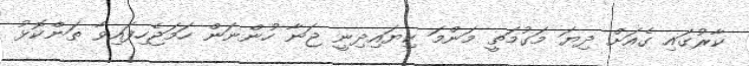
ކާރުގައި ގެއަށް ދިޔަ މަގުމަތީ މަންމަ ކިޔައިދިނީ ޖަނާ ހުންނަން ހަމަޖެހިފައިވާ ތަންކޮޅު